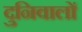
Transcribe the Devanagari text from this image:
दुनिवालों